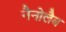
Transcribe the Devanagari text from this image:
नैनोलैब